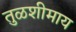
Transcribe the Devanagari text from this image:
तुळशीमाय